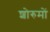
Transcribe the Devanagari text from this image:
शोरुमों